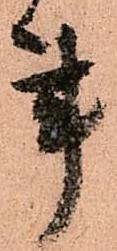
事